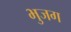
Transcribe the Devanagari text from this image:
भुजग